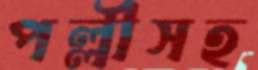
পল্লীসহ